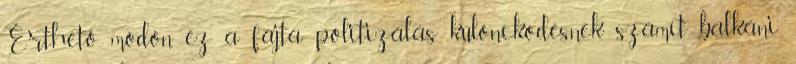
Érthető módon ez a fajta politizálás különcködésnek számít balkáni